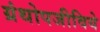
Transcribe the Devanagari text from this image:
ग्रंथोपजीविये